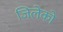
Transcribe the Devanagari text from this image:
जिलेको